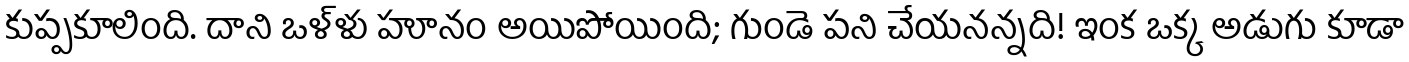
కుప్పకూలింది. దాని ఒళ్ళు హూనం అయిపోయింది; గుండె పని చేయనన్నది! ఇంక ఒక్క అడుగు కూడా